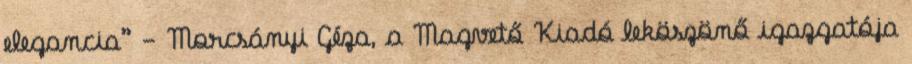
elegancia” - Morcsányi Géza, a Magvető Kiadó leköszönő igazgatója